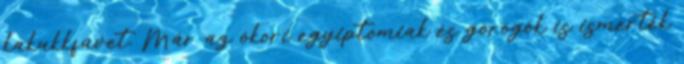
kakukkfüvet. Már az ókori egyiptomiak és görögök is ismerték